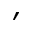
^ { \prime }